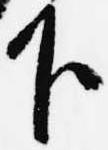
下